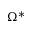
\Omega ^ { * }